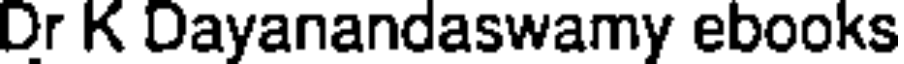
Dr K Dayanandaswamy ebooks